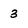
Character: 3